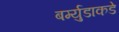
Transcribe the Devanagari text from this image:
बर्म्युडाकडे